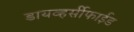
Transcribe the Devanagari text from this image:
डायव्हर्सीफाईड